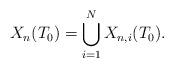
LaTeX: \begin{align*}X_n(T_0) = \bigcup_{i=1}^N X_{n,i}(T_0).\end{align*}